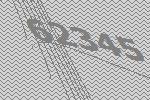
62345